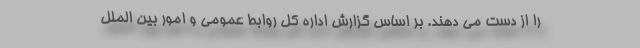
را از دست می دهند. بر اساس گزارش اداره کل روابط عمومی و امور بین الملل